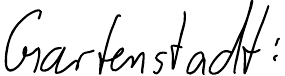
Gartenstadt: